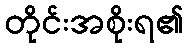
တိုင်းအစိုးရ၏